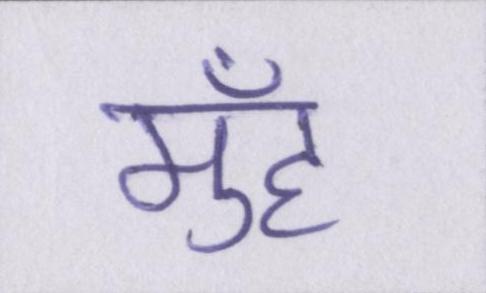
मुँह